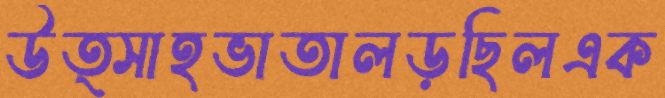
উত্সাহভাতালড়ছিলএক